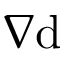
\nabla \mathrm { d }